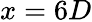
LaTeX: x=6D